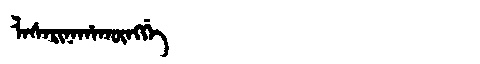
Manchu: ᠯᠠᠰᠠᡵᡳᠨᠠᡥᠠᡴᡡᠩᡤᡝ
Romanization: LASARINAHAKŪNGGE